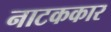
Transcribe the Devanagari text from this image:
नाटककार